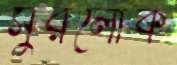
সুরলোক